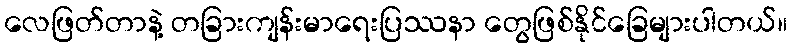
လေဖြတ်တာနဲ့ တခြားကျန်းမာရေးပြဿနာ တွေဖြစ်နိုင်ခြေများပါတယ်။